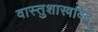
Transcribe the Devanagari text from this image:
वास्तुशास्त्रविद्